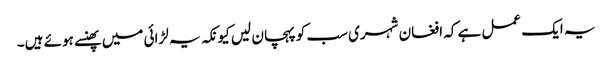
یہ ایک عمل ہے کہ افغان شہری سب کو پہچان لیں کیونکہ یہ لڑائی میں پھنسے ہوئے ہیں۔